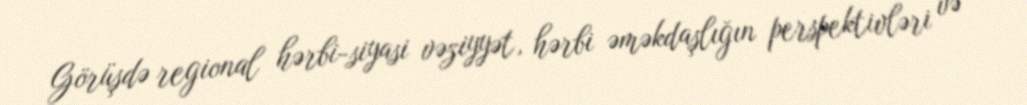
Görüşdə regional hərbi-siyasi vəziyyət, hərbi əməkdaşlığın perspektivləri və